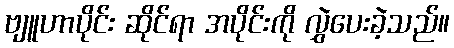
ဗျူဟာပိုင်း ဆိုင်ရာ အပိုင်းကို လွှဲပေးခဲ့သည်။